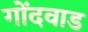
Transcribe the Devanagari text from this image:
गोंदवाड